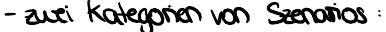
- zwei Kategorien von Szenarios